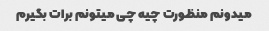
میدونم منظورت چیه چی میتونم برات بگیرم